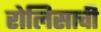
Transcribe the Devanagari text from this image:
रोलिसाची